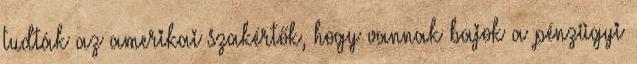
tudták az amerikai szakértők, hogy vannak bajok a pénzügyi